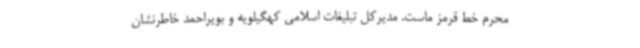
محرم خط قرمز ماست. مدیرکل تبلیغات اسلامی کهگیلویه و بویراحمد خاطرنشان